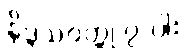
နိဒ္ဒသဝတ္ထု ၇-ပါး